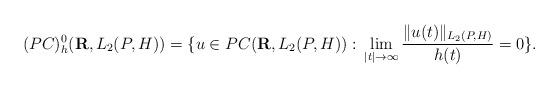
LaTeX: \begin{align*} (PC)_{h}^{0}(\mathbf{R},L_{2}(P,H))=\{u\in PC(\mathbf{R},L_{2}(P,H)):\,\lim_{|t|\rightarrow\infty}\frac{\|u(t)\|_{L_{2}(P,H)}}{h(t)}=0\}.\end{align*}